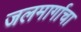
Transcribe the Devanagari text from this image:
जलमार्गाचा